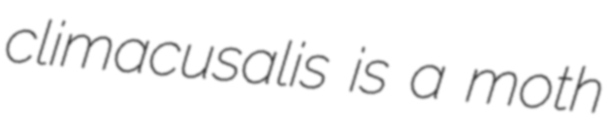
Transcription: climacusalis is a moth